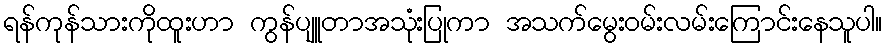
ရန်ကုန်သားကိုထူးဟာ ကွန်ပျူတာအသုံးပြုကာ အသက်မွေးဝမ်းလမ်းကြောင်းနေသူပါ။